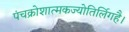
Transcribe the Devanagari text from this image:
पंचक्रोशात्मकज्योतिर्लिगहै।